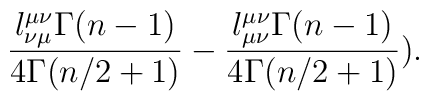
\frac{l^{\mu\nu}_{\nu\mu}\Gamma(n-1)}{4\Gamma(n/2+1)} -\frac{l^{\mu\nu}_{\mu\nu}\Gamma(n-1)}{4\Gamma(n/2+1)}).